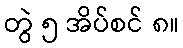
တွဲ ၅ အိပ်စင် ၈။